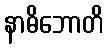
နာဓိဘောတိ